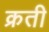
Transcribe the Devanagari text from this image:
क्रती